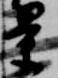
景